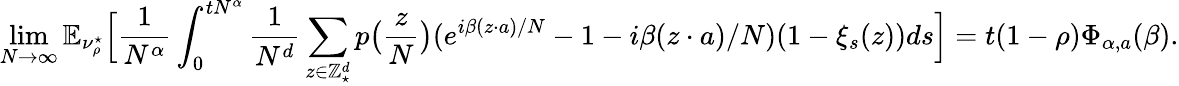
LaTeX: \operatorname*{lim}_{N\rightarrow\infty}\mathbb E_{\nu_{\rho}^{\star}}\Big[\frac{1}{N^{\alpha}}\int_{0}^{tN^{\alpha}}\frac{1}{N^{d}}\sum_{z\in\mathbb Z_{\star}^{d}}p\big(\frac{z}{N}\big)(e^{i\beta(z\cdot a)/N}-1-i\beta(z\cdot a)/N)(1-\xi_{s}(z))ds\Big]=t(1-\rho)\Phi_{\alpha,a}(\beta).